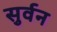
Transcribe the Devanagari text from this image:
सुर्वन